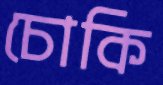
চোকি